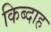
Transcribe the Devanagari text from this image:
किब्दाह